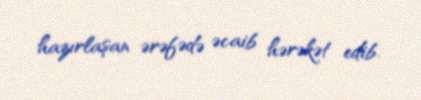
hazırlaşan ərəfədə əcaib hərəkət edib.